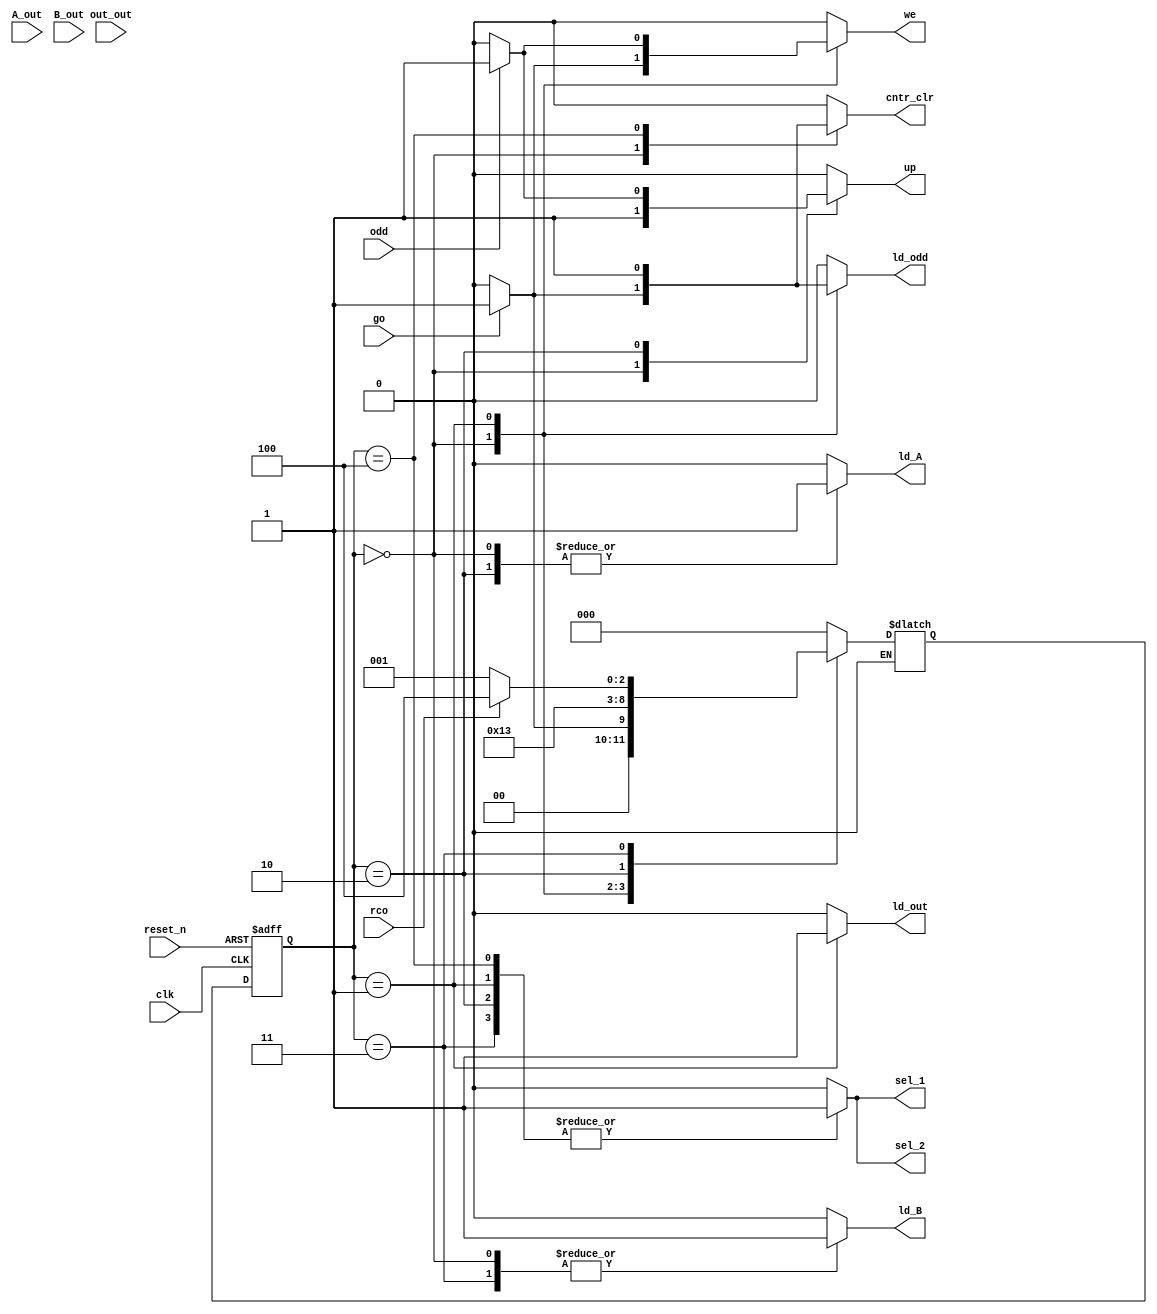
`timescale 1ns / 1ps
//////////////////////////////////////////////////////////////////////////////////
// Company:  Ratner Surf Designs
// 
// Design Name: 
// Module Name: fsm_template
// Project Name: 
// Target Devices: 
// Tool Versions: 
// Description: Generic FSM model with both Mealy & Moore outputs. 
//    Note: data widths of state variables are not specified 
//
// Dependencies: 
// 
// Revision:
// Revision 1.00 - File Created (07-07-2018) 
// Additional Comments:
// 
//////////////////////////////////////////////////////////////////////////////////

module fsm(go, rco, A_out, B_out, out_out, reset_n, ld_odd, odd, we, up, ld_A, ld_B, ld_out, sel_1, sel_2, cntr_clr, clk); 
    input  go, clk;
    input [7:0] A_out;
    input [7:0] B_out;
    input [7:0] out_out;
    input reset_n;
    input rco; 
    input odd;
    output reg up;
    output reg ld_odd;
    output reg ld_A;
    output reg ld_B;
    output reg ld_out;
    output reg sel_1;
    output reg sel_2;
    output reg cntr_clr;
    output reg we;

    
    //- next state & present state variables
    reg [2:0] NS, PS; 
    //- bit-level state representations
    parameter [2:0] init=3'b000, start=3'b001, calc=3'b010, ans=3'b011, fin=3'b100; 
    

    //- model the state registers
    always @ (negedge reset_n, posedge clk)
       if (reset_n == 0) 
          PS <= init; 
       else
          PS <= NS; 
    
    
    //- model the next-state and output decoders
    always @ (*)
    begin
       ld_A = 0; ld_B = 0; ld_out = 0; sel_1 = 0; sel_2 = 0; up = 0; ld_odd = 0; we = 0; cntr_clr = 0;// assign all outputs
       case(PS)
          init:
             begin
                sel_1 = 0;
                sel_2 = 0; 
                ld_A = 1; 
                ld_B = 1; 
                ld_out = 0;
                ld_odd = 0;
                we = 0;
                up = 1;
                if (go == 1)
                    begin
                        ld_odd = 1;
                        cntr_clr = 1;
                        we = 1;
                        NS = start;
                    end
                else
                if (go == 0)
                    begin 
                        NS = init;
                    end 

             end
             
          start:
            begin
                sel_1 = 1;
                sel_2 = 1; 
                ld_A = 0; 
                ld_B = 0; 
                ld_out = 1;
                ld_odd = 1;
                cntr_clr = 0;
                if (odd == 1)
                begin
                we = 1;
                end
                else
                begin
                we = 0;
                end
                up = 0;
                NS = calc;
            end
            
          calc:
            begin
                sel_1 = 1;
                sel_2 = 1; 
                ld_A = 1; 
                ld_B = 0; 
                ld_out = 0;
                cntr_clr = 0;
                if (odd == 1)
                    begin
                        up = 1;
                    end
                else
                    begin
                        up = 0;
                    end
                NS = ans;
            end
            
          ans:
            begin
                sel_1 = 1;
                sel_2 = 1; 
                ld_A = 0; 
                ld_B = 1; 
                ld_out = 0;
                ld_odd = 0;
                up = 0;
                cntr_clr = 0;
                if (rco == 1)
                    begin
                    NS = fin;
                    end
                else
                    begin
                    NS = start;
                    end
            end
          
          fin:
            begin
            sel_1 = 1;
            sel_2 = 1; 
            ld_A = 0; 
            ld_B = 0; 
            ld_out = 0;
            ld_odd = 0;
            up = 0;
            cntr_clr = 1;
            NS = init;

            end
            
          default: NS = init; 
            
          endcase
      end              
endmodule